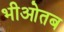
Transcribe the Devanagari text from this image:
भीओतब